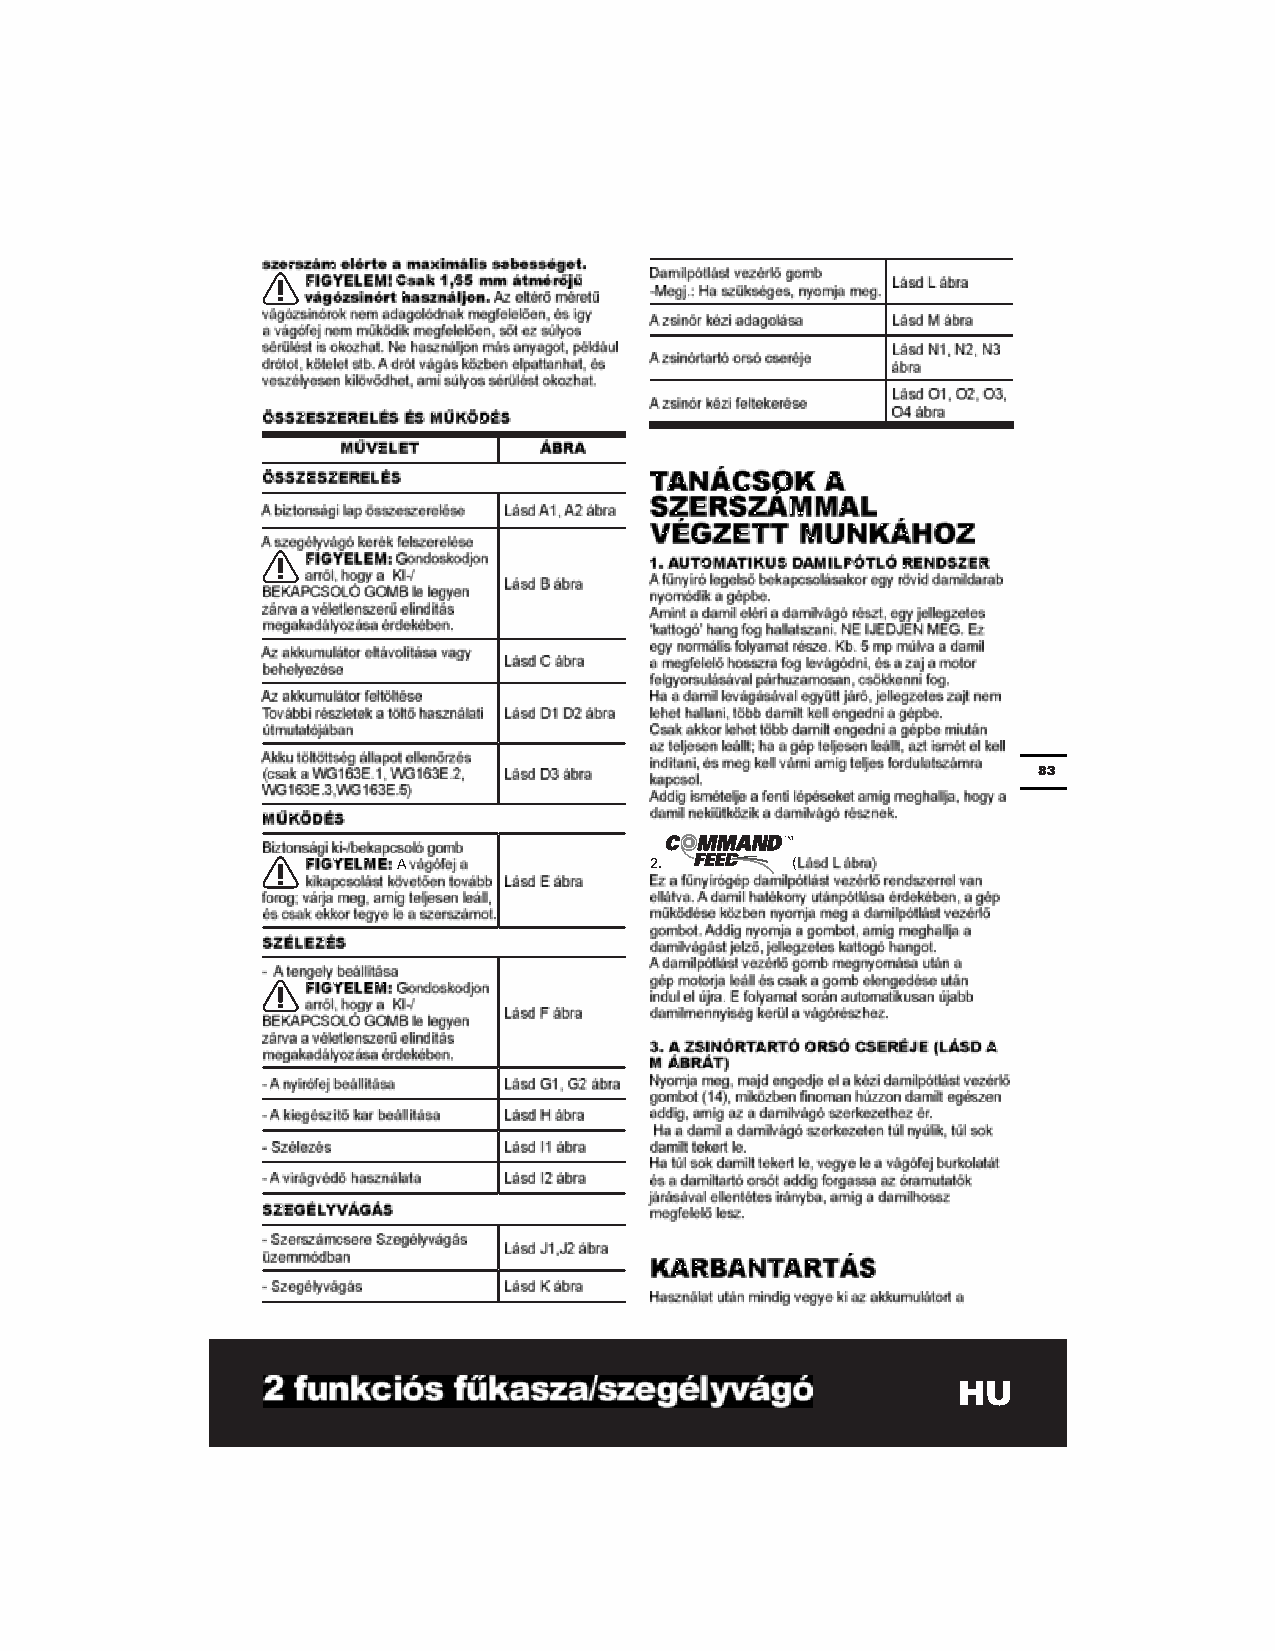

 A                      
 HU